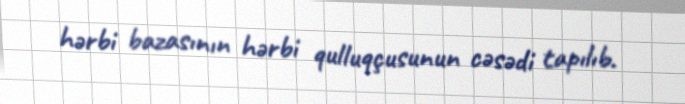
hərbi bazasının hərbi qulluqçusunun cəsədi tapılıb.